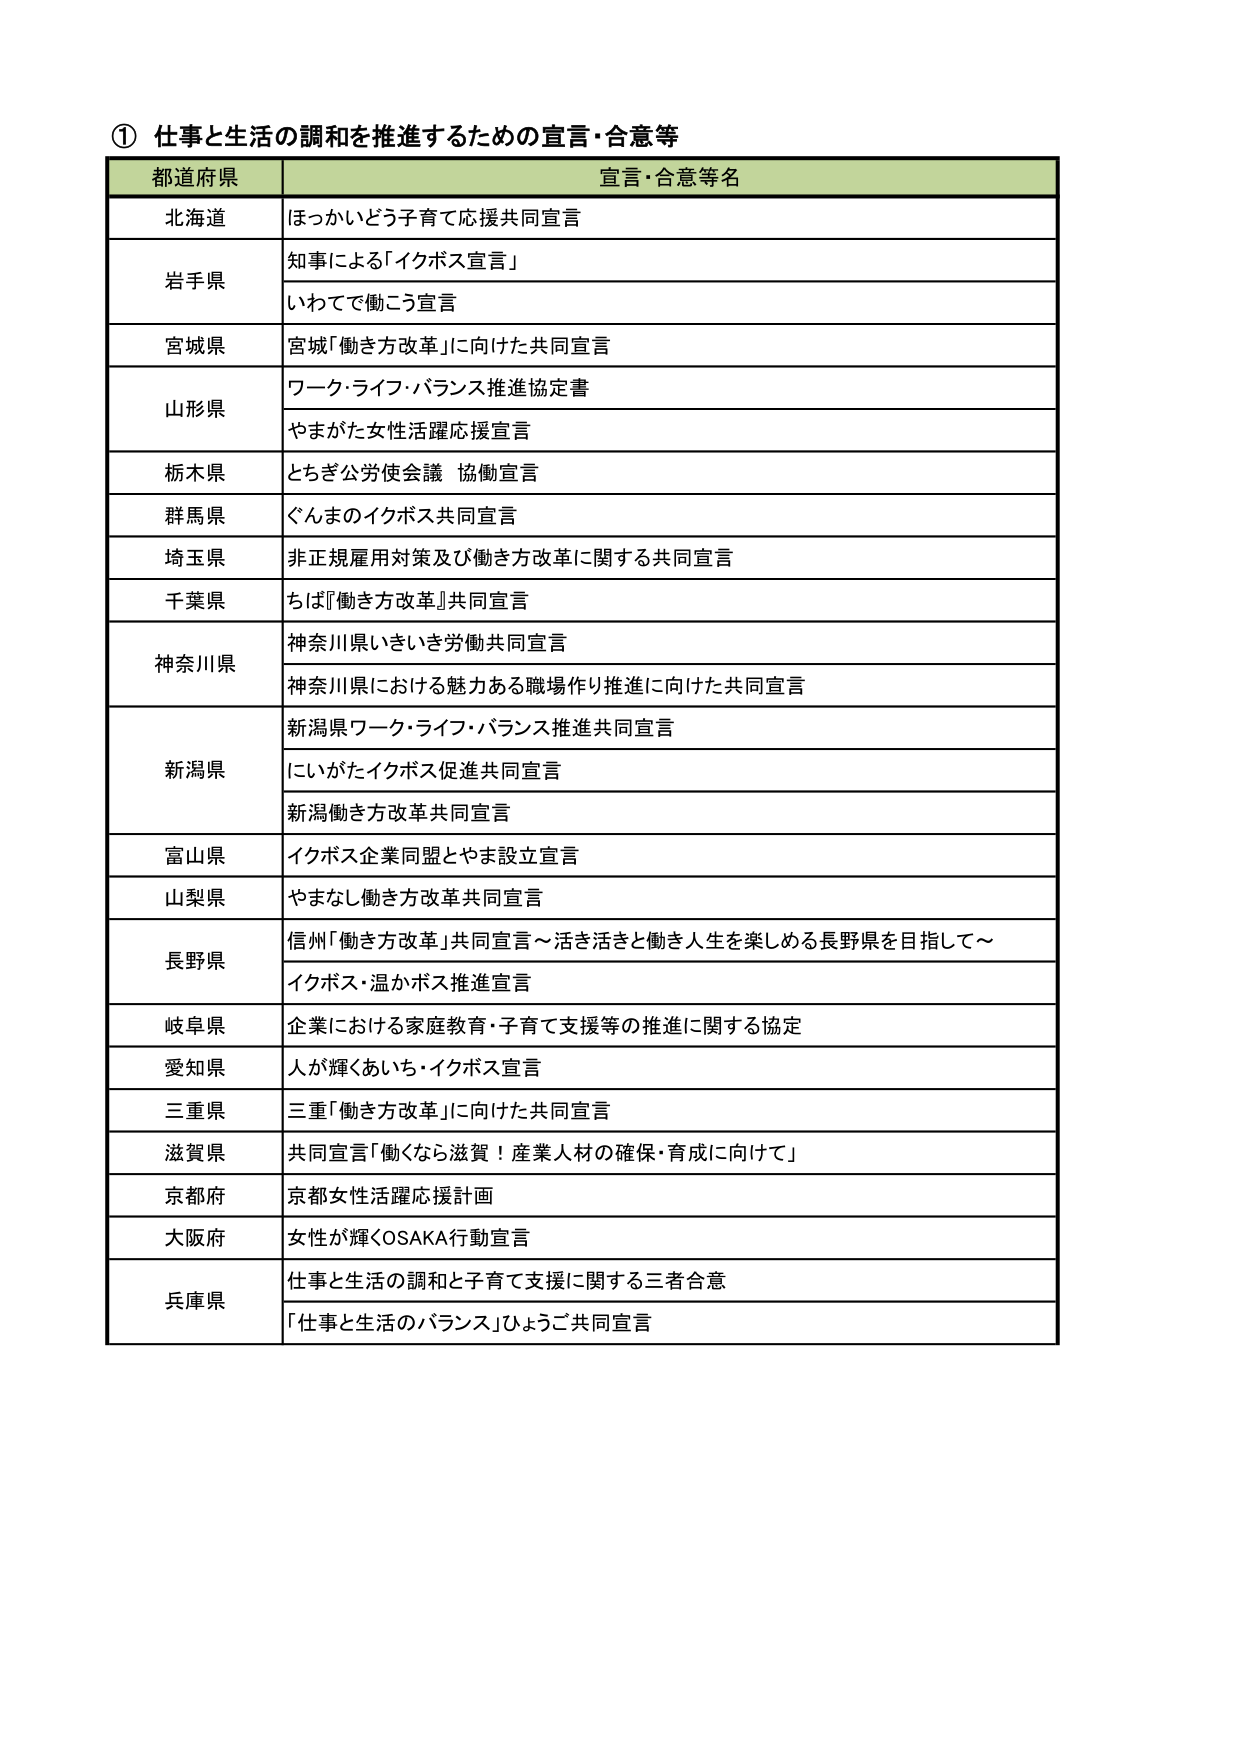
① 仕事と生活の調和を推進するための宣言・合意等

都道府県 宣言・合意等名

北海道 ほっかいどう子育て応援共同宣言

岩手県 知事による「イクボス宣言」
いわてで働こう宣言

宮城県 宮城「働き方改革」に向けた共同宣言

山形県 ワーク・ライフ・バランス推進協定書
やまがた女性活躍応援宣言

栃木県 とちぎ公労使会議 協働宣言

群馬県 ぐんまのイクボス共同宣言

埼玉県 非正規雇用対策及び働き方改革に関する共同宣言

千葉県 ちば『働き方改革』共同宣言

神奈川県 神奈川県いきいき労働共同宣言
神奈川県における魅力ある職場作り推進に向けた共同宣言

新潟県 新潟県ワーク・ライフ・バランス推進共同宣言
にいがたイクボス促進共同宣言
新潟働き方改革共同宣言

富山県 イクボス企業同盟とやま設立宣言

山梨県 やまなし働き方改革共同宣言

長野県 信州「働き方改革」共同宣言～活き活きと働き人生を楽しめる長野県を目指して～
イクボス・温かボス推進宣言

岐阜県 企業における家庭教育・子育て支援等の推進に関する協定

愛知県 人が輝くあいち・イクボス宣言

三重県 三重「働き方改革」に向けた共同宣言

滋賀県 共同宣言「働くなら滋賀！産業人材の確保・育成に向けて」

京都府 京都女性活躍応援計画

大阪府 女性が輝くOSAKA行動宣言

兵庫県 仕事と生活の調和と子育て支援に関する三者合意
「仕事と生活のバランス」ひょうご共同宣言